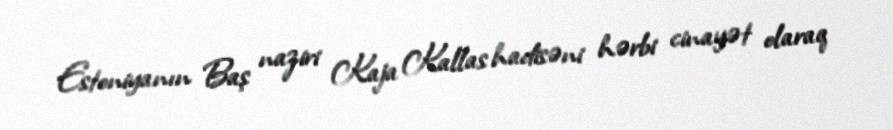
Estoniyanın Baş naziri Kaja Kallas hadisəni hərbi cinayət olaraq